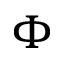
\boldsymbol { \Phi }